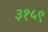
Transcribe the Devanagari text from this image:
३१५९